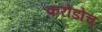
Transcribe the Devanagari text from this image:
करोडोच